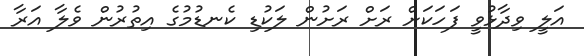
އަލީ ވިދާޅުވީ ފަހަކަށް ރަށް ރަށުން ލަކުޑި ކެނޑުމުގެ އިތުރުން ވެލާ އަރާ